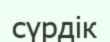
сүрдік